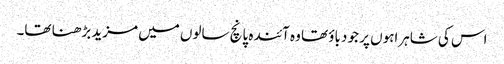
اس کی شاہراہوں پر جو دباؤ تھا وہ آئندہ پانچ سالوں میں مزید بڑھنا تھا۔